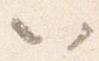
以